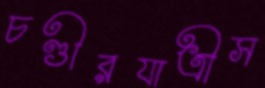
চণ্ডীরযাত্রীস